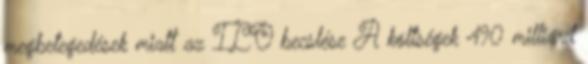
megbetegedések miatt az ILO becslése A költségek 490 milliárd